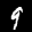
Label: 9